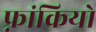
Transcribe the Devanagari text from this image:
फ़्रांकियो